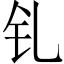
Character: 钆